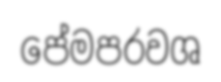
පේමපරවශ